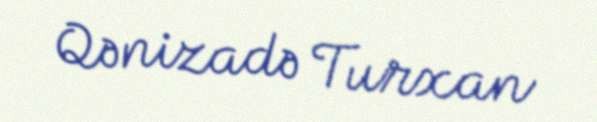
Qənizadə Turxan